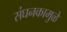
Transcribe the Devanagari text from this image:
संघनकामुळे